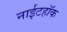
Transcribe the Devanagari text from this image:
नाईटहॉक